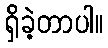
ရှိခဲ့တာပါ။